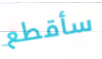
سأقطع